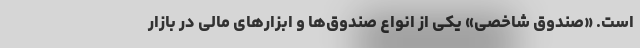
است. «صندوق شاخصی» یکی از انواع صندوق‌ها و ابزارهای مالی در بازار